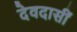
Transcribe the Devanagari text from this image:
देवदासीं